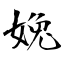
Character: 婏